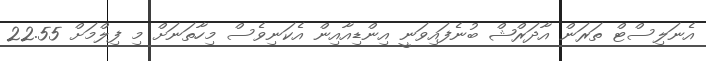
އެނަލިސްޓް ތަރަން އާދަރްޝް ބުނެފައިވަނީ އިންޑިއާއިން އެކަނިވެސް މިހާތަނަށް މި ފިލްމަށް 22.55